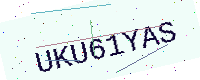
Text: UKU61YAS